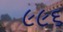
૯૯૬